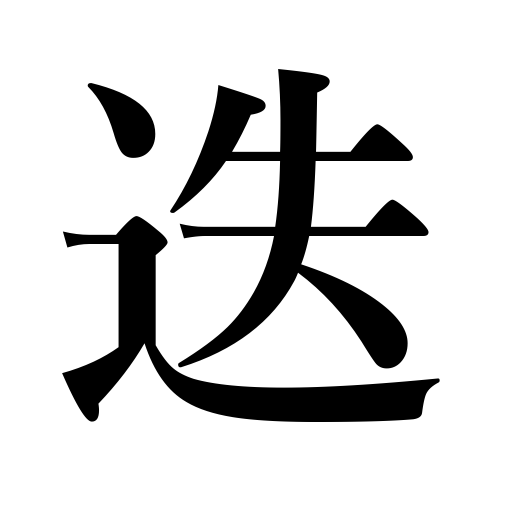
Meanings: alternation